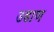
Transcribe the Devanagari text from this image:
उडाण